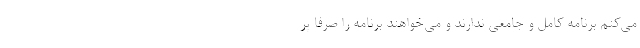
می‌کنم برنامه کامل و جامعی ندارند و می‌خواهند برنامه را صرفاً پُر